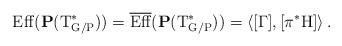
LaTeX: \begin{align*} \rm{Eff}(\mathbf{P} (T^*_{G/P}))=\overline{\rm Eff}(\mathbf{P} (T^*_{G/P}))=\left\langle [\Gamma],[\pi^*H] \right\rangle. \end{align*}